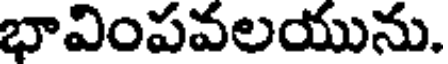
భావింపవలయును.